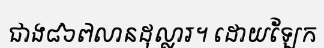
ជាង៨៦៧លានដុល្លារ។ ដោយឡែក